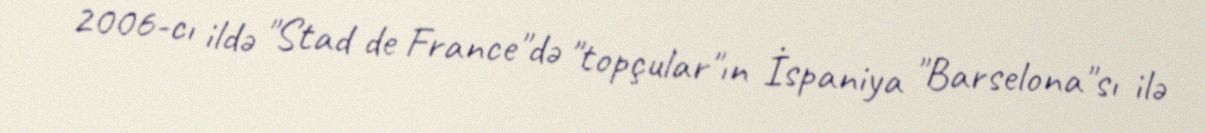
2006-cı ildə "Stad de France"də "topçular"ın İspaniya "Barselona"sı ilə